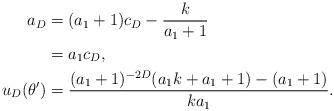
LaTeX: \begin{align*}a_D&=(a_1+1)c_D-\frac{k}{a_1+1}\\&=a_1 c_D ,\\u_D(\theta')&=\frac{(a_1+1)^{-2D}(a_1k+a_1+1)-(a_1+1)}{ka_1}.\end{align*}